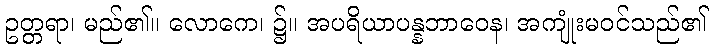
ဥတ္တရာ၊ မည်၏။ လောကေ၊ ၌။ အပရိယာပန္နဘာဝေန၊ အကျုံးမဝင်သည်၏